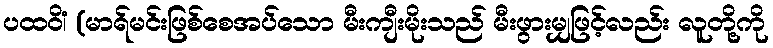
ပထဝိံ၊ (မာရ်မင်းဖြစ်စေအပ်သော မီးကျီးမိုးသည် မီးဖွားမျှဖြင့်လည်း လူတို့ကို